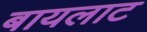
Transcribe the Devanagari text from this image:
बायलाट